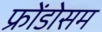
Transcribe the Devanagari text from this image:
फ्रोंडोसम